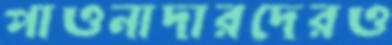
পাওনাদারদেরও